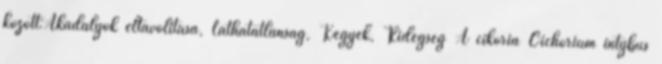
között:Akadályok eltávolítása, Láthatatlanság, Kegyek, Ridegség A cikória Cichorium intybus